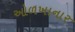
ઓળખાનાર